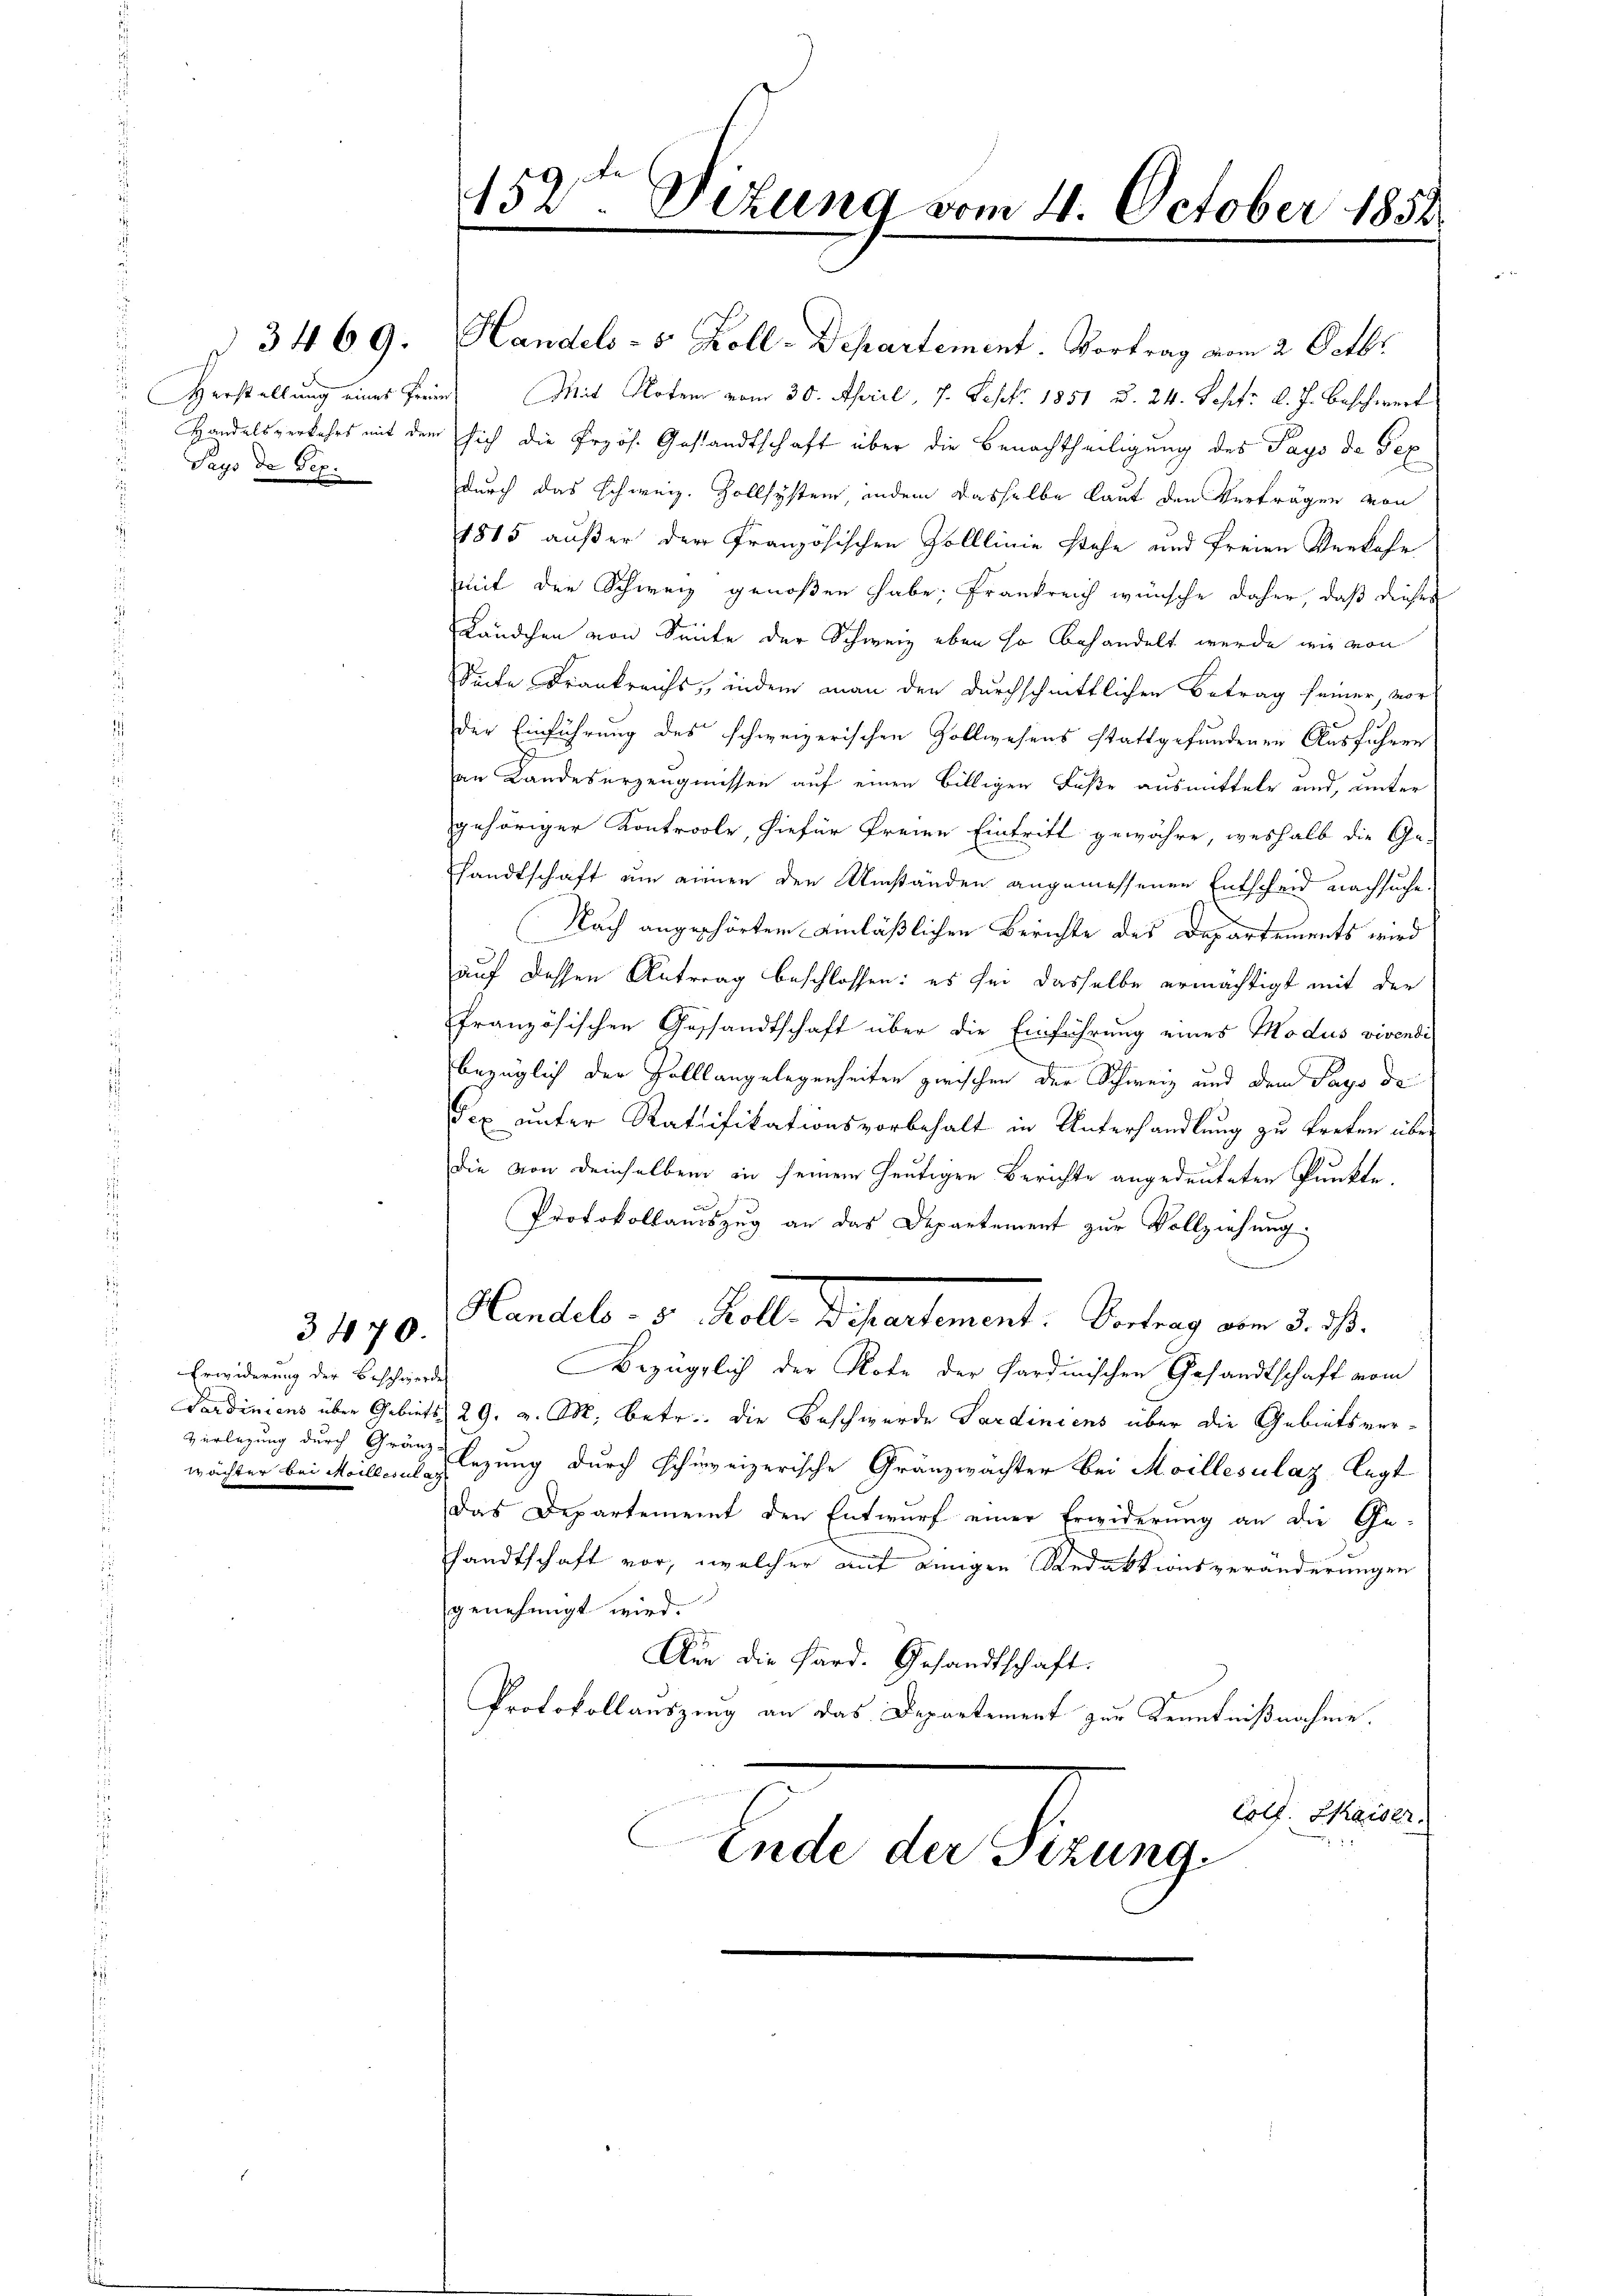
Pays de Bex

3470.

Erwiderung der Beschwerde
Verlegung durch Gränz-

§ 3469. Handels- 5. Koll-Departement. Vortrag vom 2. Octbr.
Verstellung eines Freie Mit Notem vom 30. April, 7. Sept. 1851 u. 24. Septr. d. J. Beschwert
Handelsverkehrs mit dem sich die Przös. Gestandtschaft über die Benachtheiligung des Pays de Tex
durch das schweiz. Zollsystem, indem dasselbe laut den Verträgen von
1815 außer der Französischen Zolllinie stehe und freien Verkofe
mit der Schweiz genoßen habe, Frankreich wünsche daher, daß dieses
Ländchen von Seite der Schweiz eben so behandelt werde wir von
Seite Frankreichs, indem man den durchschnittlichen Betrag seiner, vor-
der Einführung des schweizerischen Zollwesens stattgefundenen Ausführen
an Landeserzeugnissen auf einen billigen Fuße ausmitteln und, unter
gehöriger Kontroole, hiefür freien Eintritt gewähre, weshalb die Ge-
sandtschaft um einen den Umständen angemessenen Entscheid nachsuche.
Nach angeschörten Anläßlichen Berichte des Departements wird
auf dessen Antrag beschlossen: es sei dasselbe ermächtigt mit der
französischen Gesandtschaft über die Einführung eines Modus vivendibezüglich der Zolllangelegenheiten zwischen der Schweiz und dem Pays de
Tex unter Ratifikationsvorbehalt in Unterhandlung zu treten über
die von deinselben in seinem heutigen Berichte angedeuteten Punkte,
Protokollauszug an das Departement zur Vollziehung.
Handel v. Kolle Departement: Vertrag von d. J.
Bezüglich der Note der Sardinischen Gesandtschaft vom
Sardiniens über Gebiets, 29. v. M. betr. die Beschwerde Sardiniens über die Gebietsverwächter bei Meillerlegung durch schweizerische Gränzwächter bei Moillesalaz legt
Das Departement den Entwurf einer Erwiderung an die Ge-
sandtschaft vor, welcher mit einigen Redaktionsveränderungen
genehmigt wird.
73
Um die Hard. Gesandtschaft.
Protokollauszung an das Departement zur Kenntnißnahme.
Coll. Kaiser.
Ende der Sizung.

152ten Ditung vom 4. October 1854
e
e